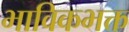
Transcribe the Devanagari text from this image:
भाविकभक्त